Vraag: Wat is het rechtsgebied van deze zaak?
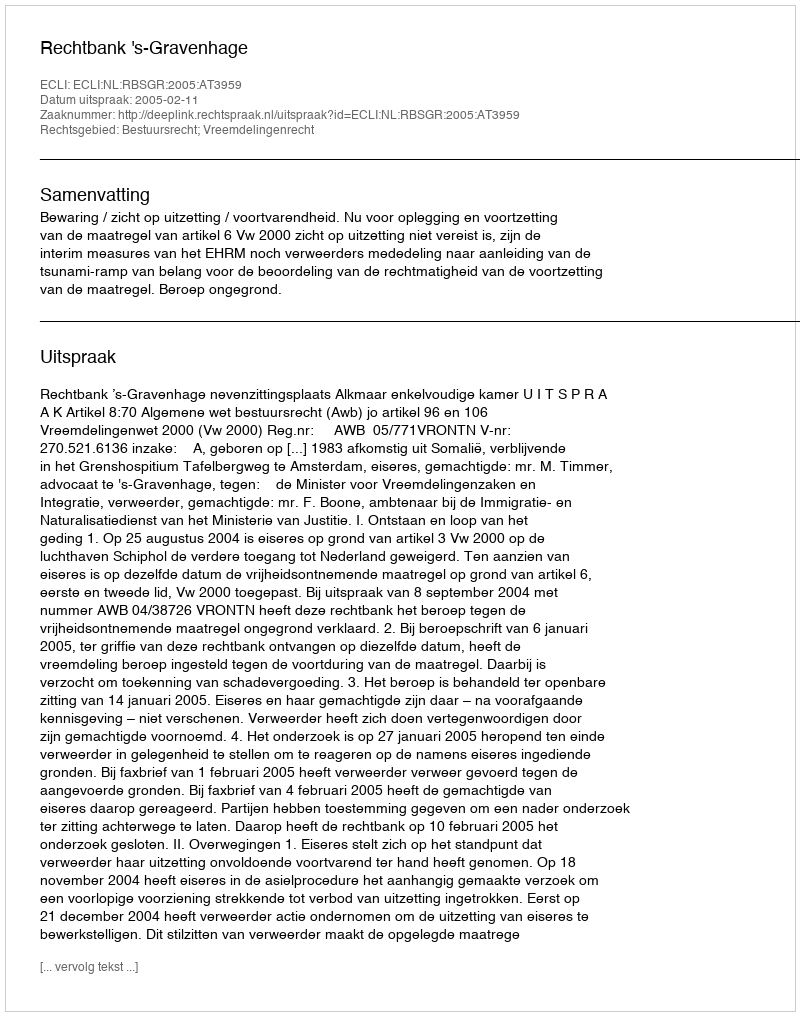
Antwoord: Bestuursrecht; Vreemdelingenrecht